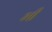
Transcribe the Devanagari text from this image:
भ्‍ाी